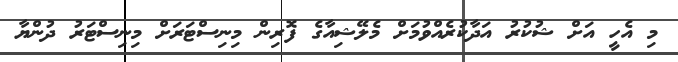
މި އެހީ އަށް ޝުކުރު އަދާކުރެއްވުމަށް މެލޭޝިއާގެ ފޮރިން މިނިސްޓަރަށް މިނިސްޓަރު ދުންޔާ